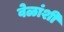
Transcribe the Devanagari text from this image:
वेळांशी